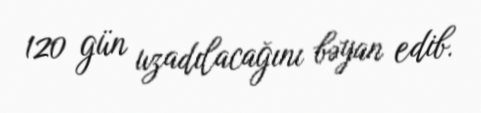
120 gün uzadılacağını bəyan edib.